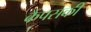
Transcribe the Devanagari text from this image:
कैंपसकी